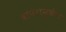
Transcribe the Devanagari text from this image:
वापरामुळेच